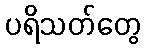
ပရိသတ်တွေ